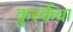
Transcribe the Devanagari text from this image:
कुर्स्कचा